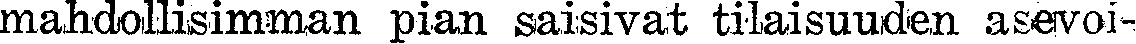
mahdollisimman pian saisivat tilaisuuden asevoi-